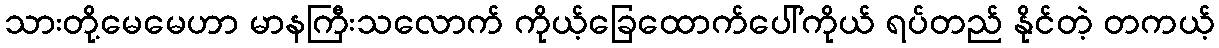
သားတို့မေမေဟာ မာနကြီးသလောက် ကိုယ့်ခြေထောက်ပေါ်ကိုယ် ရပ်တည် နိုင်တဲ့ တကယ့်